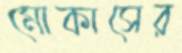
মোকাসের